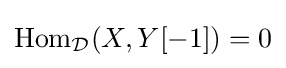
\operatorname {Hom} _{\mathcal {D}}(X,Y[-1])=0